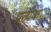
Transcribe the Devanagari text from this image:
प्रत्य़ेक